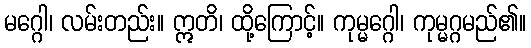
မဂ္ဂေါ၊ လမ်းတည်း။ ဣတိ၊ ထို့ကြောင့်။ ကုမ္မဂ္ဂေါ၊ ကုမ္မဂ္ဂမည်၏။